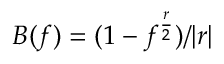
B ( f ) = ( 1 - f ^ { \frac { r } { 2 } } ) / | r |